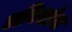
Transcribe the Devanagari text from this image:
अविशांत